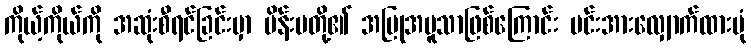
ကိုယ့်ကိုယ်ကို အဆုံးစီရင်ခြင်းမှာ မိန်းမတို့၏ အပြုအမူသာဖြစ်ကြောင်း မင်းအားလျှောက်ထားပုံ